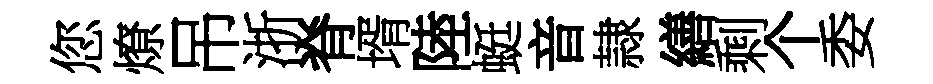
您燎吊浙脊壻陸蜓音隷繕剩个委